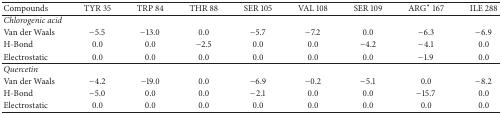
| Compounds | TYR 35 | TRP 84 | THR 88 | SER 105 | VAL 108 | SER 109 | ARG∗ 167 | ILE 288 |
 | --- | --- | --- | --- | --- | --- | --- | --- | --- |
 | Chlorogenic acid |  |  |  |  |  |  |  |  |
 | Van der Waals | −5.5 | −13.0 | 0.0 | −5.7 | −7.2 | 0.0 | −6.3 | −6.9 |
 | H-Bond | 0.0 | 0.0 | −2.5 | 0.0 | 0.0 | −4.2 | −4.1 | 0.0 |
 | Electrostatic | 0.0 | 0.0 | 0.0 | 0.0 | 0.0 | 0.0 | −1.9 | 0.0 |
 | Quercetin |  |  |  |  |  |  |  |  |
 | Van der Waals | −4.2 | −19.0 | 0.0 | −6.9 | −0.2 | −5.1 | 0.0 | −8.2 |
 | H-Bond | −5.0 | 0.0 | 0.0 | −2.1 | 0.0 | 0.0 | −15.7 | 0.0 |
 | Electrostatic | 0.0 | 0.0 | 0.0 | 0.0 | 0.0 | 0.0 | 0.0 | 0.0 |